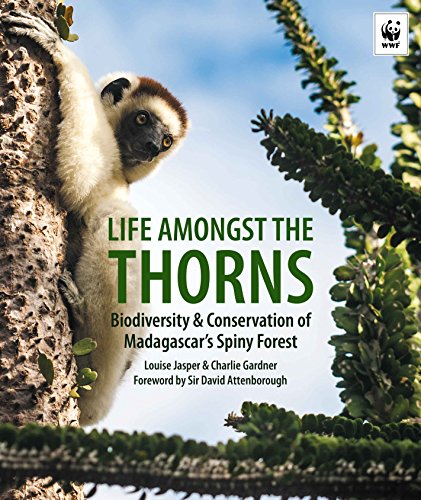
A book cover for Life Amongst The Thorns: Biodiversity & Conservation Of Madagascar's Spiny Forest; Louise Jasper; Science & Math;